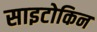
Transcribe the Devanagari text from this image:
साइटोकिन